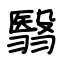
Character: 翳